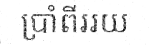
ប្រាំពីររយ